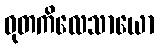
ဓုတကိလေသာယော